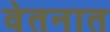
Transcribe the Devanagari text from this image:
वेतनात